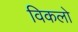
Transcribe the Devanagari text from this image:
विकलो